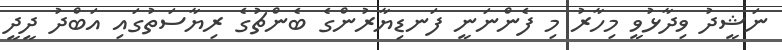
ނަޝީދު ވިދާޅުވީ މިހާރު މި ފެންނަނީ ފަނޑިޔާރުންގެ ބެންޗުގެ ރިޔާސަތުގައި އަބްދު ދީދީ